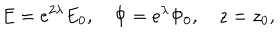
LaTeX: E = e ^ { 2 \lambda } E _ { 0 } , \quad \Phi = e ^ { \lambda } \Phi _ { 0 } , \quad z = z _ { 0 } ,